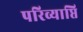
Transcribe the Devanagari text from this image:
परिव्याप्ति